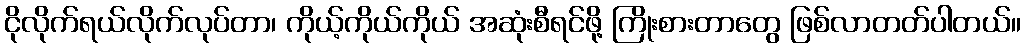
ငိုလိုက်ရယ်လိုက်လုပ်တာ၊ ကိုယ့်ကိုယ်ကိုယ် အဆုံးစီရင်ဖို့ ကြိုးစားတာတွေ ဖြစ်လာတတ်ပါတယ်။